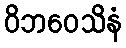
ဝိဘဝေသိနံ